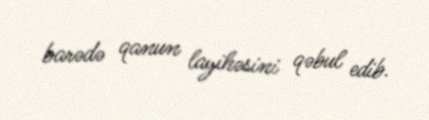
barədə qanun layihəsini qəbul edib.